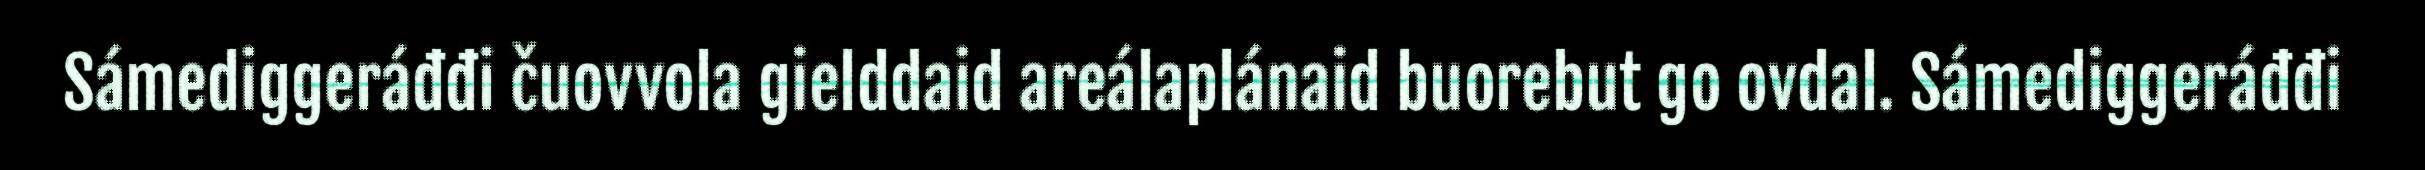
Sámediggeráđđi čuovvola gielddaid areálaplánaid buorebut go ovdal. Sámediggeráđđi